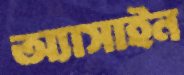
অ্যাসাইন